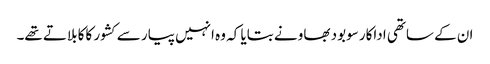
ان کے ساتھی اداکار سوبود بھاو نے بتایا کہ وہ انہیں پیار سے کشور کاکا بلاتے تھے۔